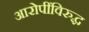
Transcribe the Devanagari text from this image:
आरोपींविरुद्ध